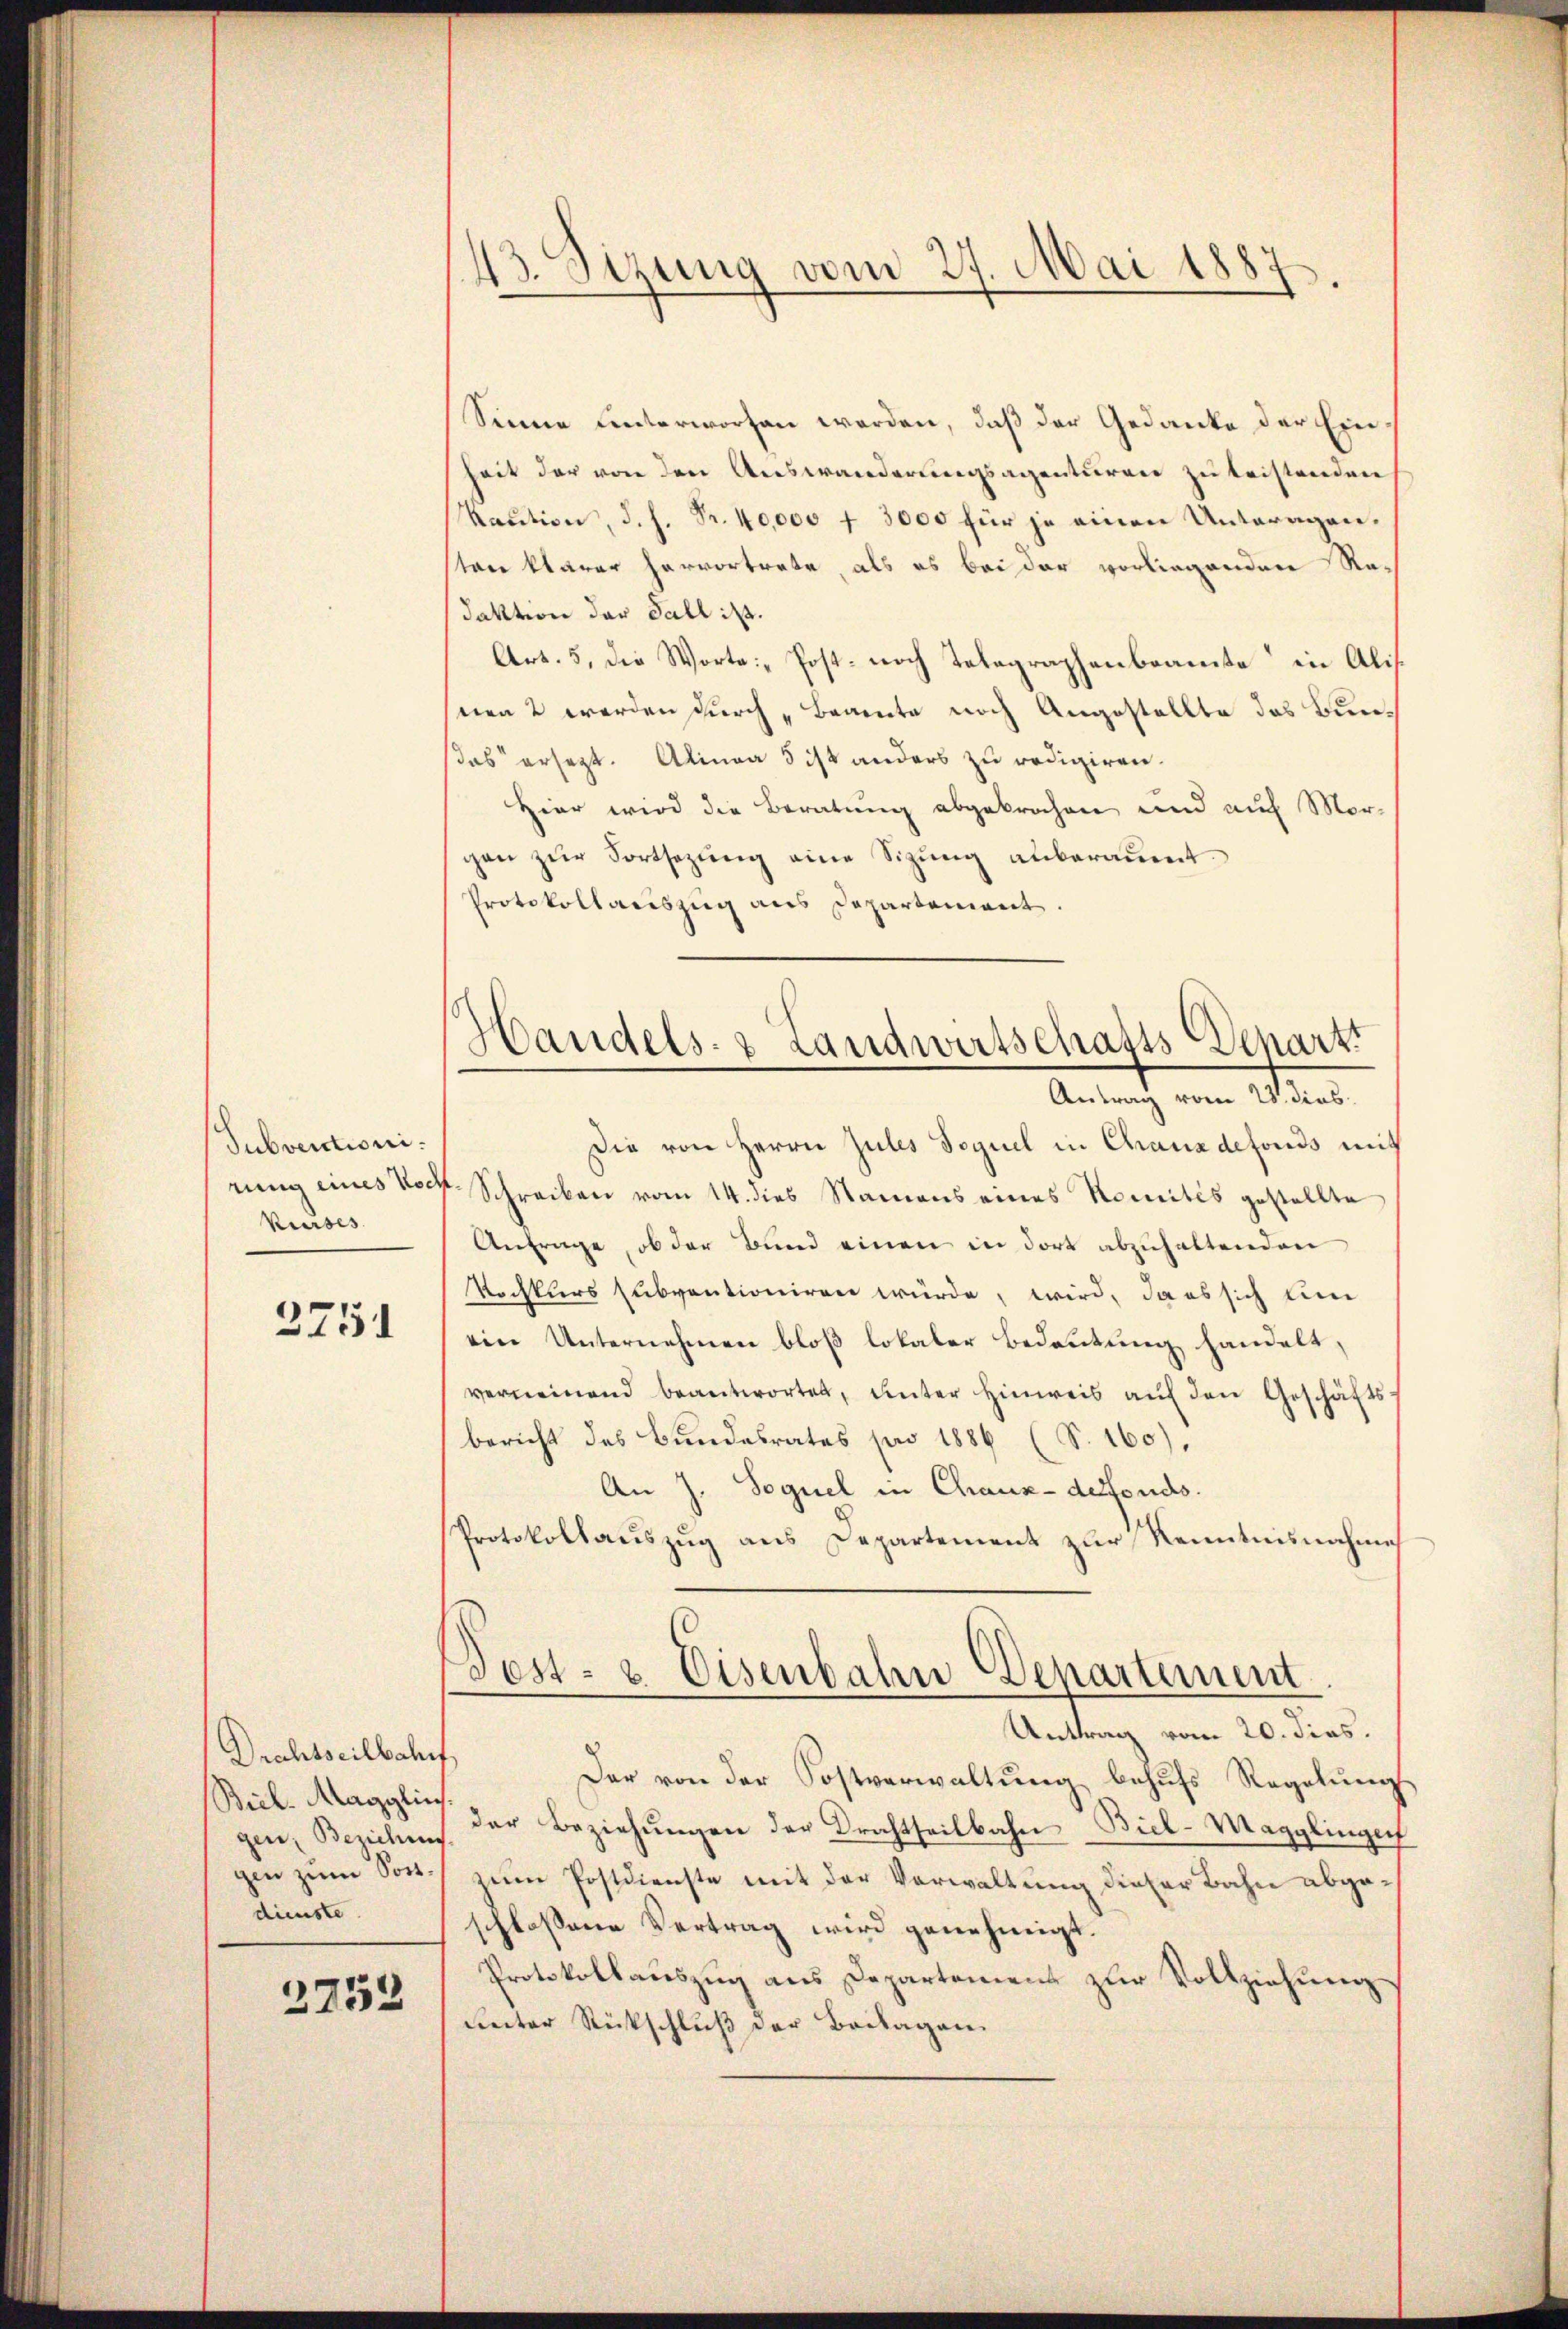
Subventioni.
Kurses

2751

Drechtseilbahnf,
Biil-Magglins.
gen, Beziehung
gen zum Sostdienste

2752

43. Sizung vom 27. Mai 1887.
d

s
Handels- & Landwirtschafts Beharzt
Antrag vom 23. dies

Sinne unterworfen werden, daß der Gedanke der Ein
heit der von den Auswanderungsagenturen zu leistenden
Raution, d. h. Fr. 40,000 f 3000 für je einen Unteragensten klarer hervortrete, als es bei der vorliegenden Ra¬
Faktion der Fall ist.
Art. 5, die Worte: „Post- noch Telegraphenbeamte in Alisnen 2 werden durch „Beamte noch Angestellte das Bunas ersezt. Alinea 5 ist anders zu redigiren.
Hier wird die Beratung abgebrochen und auf Morgen zur Fortsezung eine Sizung anberaumt.
Protokollauszug aus Departement
Die von Herrn Zules Sequel in Chanadefonds mit
rung eines Porf. Schreiben vom 14. dies Namens eines Komités gestellte
Anfrage, ob der Bund einen in dort abzuhaltenden
Kochkurs subventioniren würde, wird, da es sich um
ein Unternehmen bloß lokaler Bedeutung handelt,
vermeinend beantwortet, unter hinweis aŭf den Geschäftsbericht des Bundesrates pro 1886 (S. 160).
An J. Soguel in Chaux-derfonds.
Protokollauszug aus Departement zur Kenntnisnahme
Sost- & Eisenbahn Departement
Antrag vom 20. dies.
Der von der Postverwaltung behufs Regelungs
der Beziehŭngen der Brachtheilbahn Biel-Magglinger
zeim Postdienste mit der Verwaltung dieser Bahn abgeschlossene Vertrag wird genehmigt.
Protokollauszug aus Departement zur Vollziehung
ueter Rückschluß der Britagen.